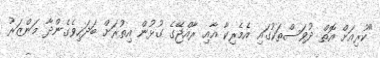
"ކުރިއަށް އޮތް ދުވަސްތަކުގައި އެމެރިކާ އާއި ރާއްޖޭގެ ގުޅުން އިތުރަށް ބަދަހިވެގެންދާ މަންޒަރު